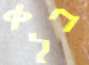
בלא